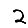
Digit: 2